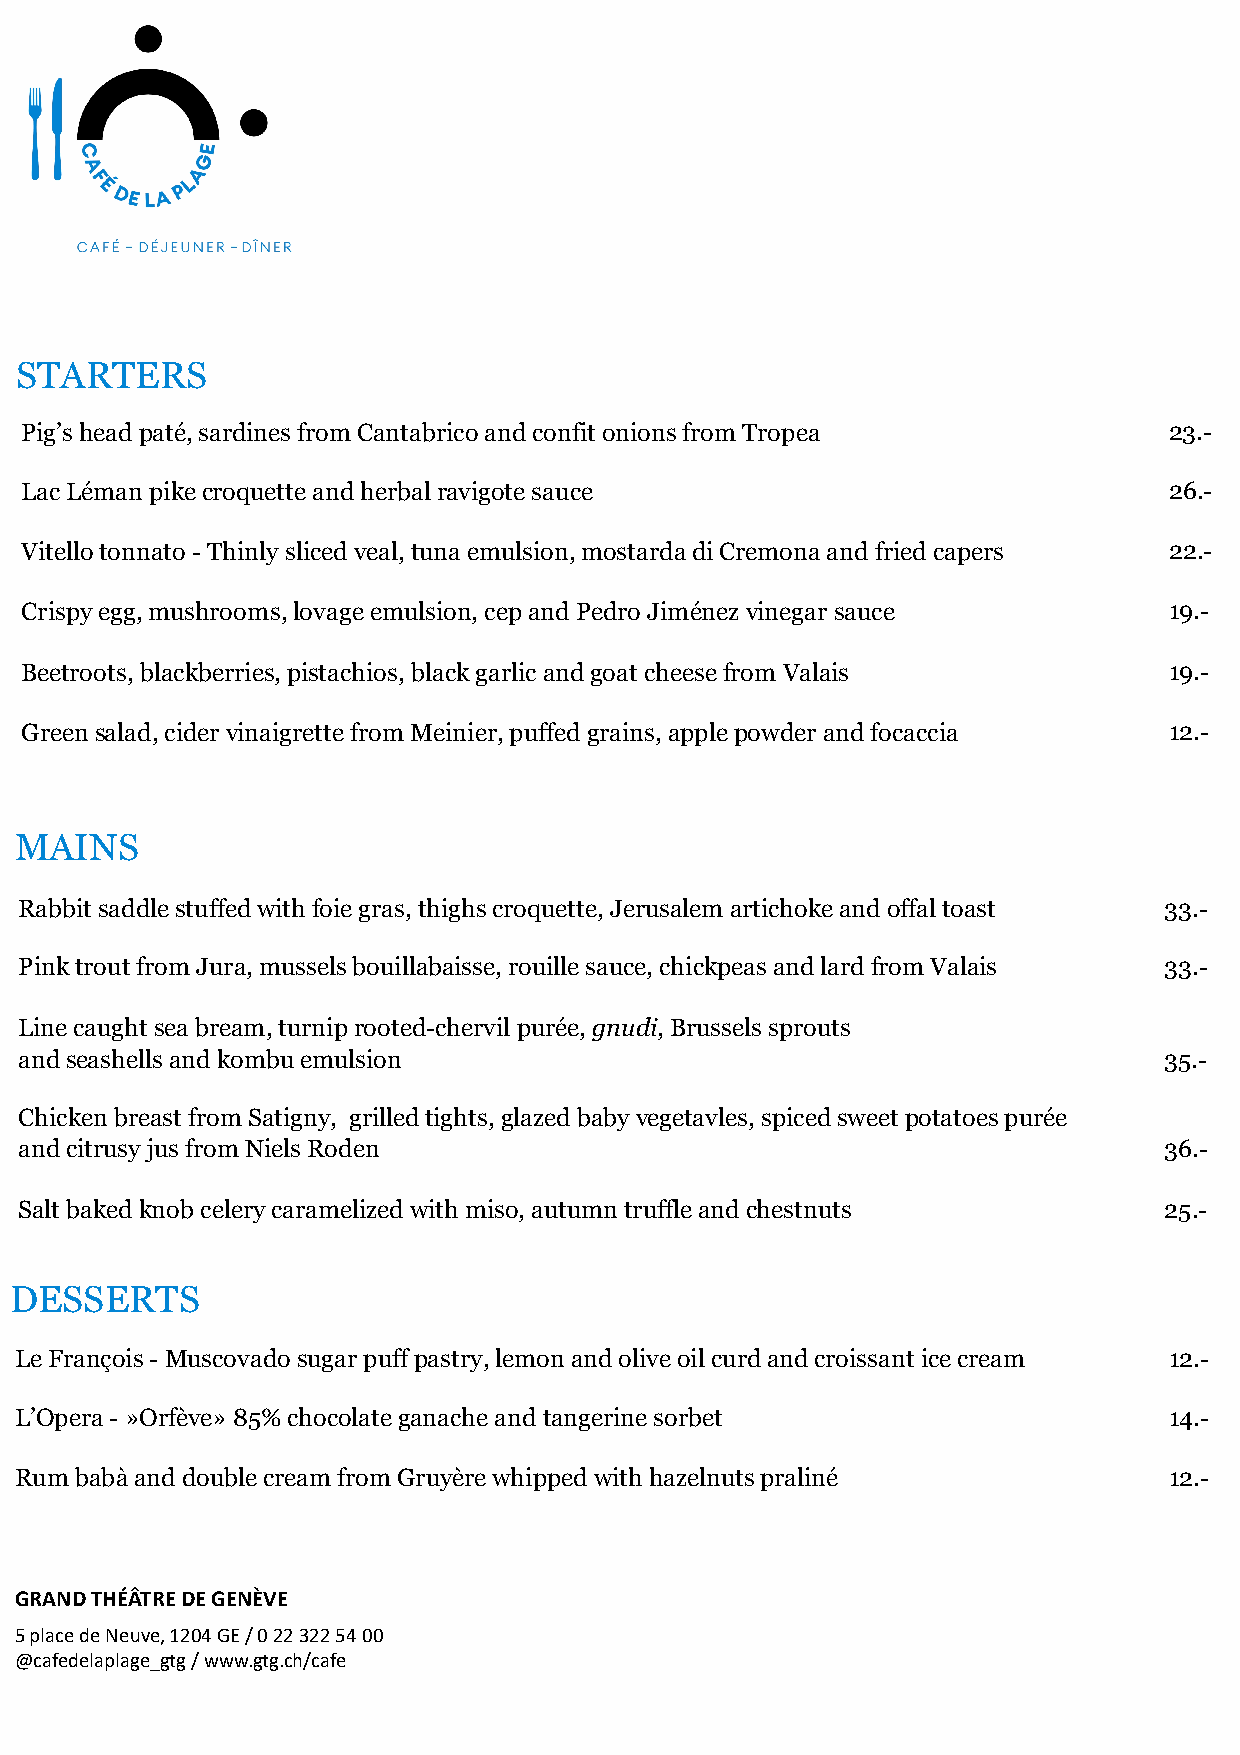
STARTERS
 Pig’sheadpaté, sardines fromCantabricoand confit onionsfromTropea           23.-
 Lac Lémanpikecroquette and herbalravigote sauce                             26.-
 Vitellotonnato-Thinlyslicedveal, tunaemulsion, mostardadi Cremona and friedcapers 22.-
 Crispyegg, mushrooms, lovageemulsion, cep and Pedro Jiménezvinegarsauce     19.-
 Beetroots, blackberries, pistachios, black garlicand goatcheesefromValais   19.-
 Green salad, cidervinaigrette fromMeinier, puffedgrains, applepowderand focaccia 12.-
 MAINS
 Rabbit saddlestuffedwithfoie gras, thighscroquette, Jerusalemartichokeand offaltoast 33.-
 Pink troutfromJura, musselsbouillabaisse, rouille sauce, chickpeasand lard fromValais 33.-
 Line caughtseabream, turniprooted-chervilpurée, gnudi, Brussels sprouts
 and seashellsand kombuemulsion                                              35.-
 ChickenbreastfromSatigny, grilledtights, glazedbaby vegetavles, spicedsweetpotatoespurée
 and citrusyjus fromNiels Roden                                              36.-
 Salt bakedknobcelerycaramelizedwithmiso, autumntruffleand chestnuts         25.-
 DESSERTS
 Le François-Muscovadosugarpuff pastry, lemonand olive oilcurdand croissant icecream 12.-
 L’Opera-»Orfève» 85% chocolateganache and tangerine sorbet                  14.-
 Rumbabàand double creamfromGruyère whippedwithhazelnutspraliné              12.-
 GRAND THÉÂTRE DE GENÈVE
 5 place de Neuve, 1204 GE / 0 22 322 54 00
 @cafedelaplage_gtg / www.gtg.ch/cafe